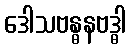
ဒေါသဗန္ဓနဗဒ္ဓါ